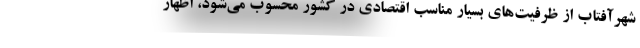
شهرآفتاب از ظرفیت‌های بسیار مناسب اقتصادی در کشور محسوب می‌شود، اظهار